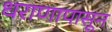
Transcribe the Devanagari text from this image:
धराणापासून